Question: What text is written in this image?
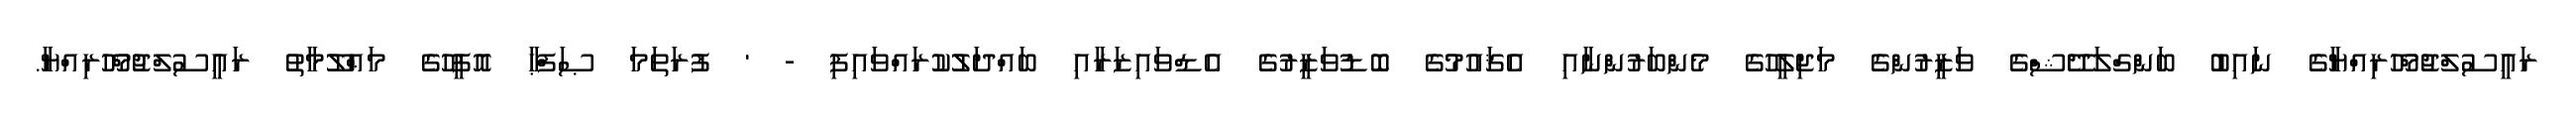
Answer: ރައީސުލްޖުމްހޫރިއްޔާގެ ނައިބު ބަންގްލަދޭޝްގެ ވަޒީރުންގެ މަޖިލީހުގެ މެންބަރުންނާއި އެޤައުމުގެ ބޮޑުވަޒީރުގެ އެޑްވައިޒަރާއި ބައްދަލުކުރައްވައިފި - ' ފުރަތަމަ ޞަފްޙާ އޮފީހުގެ މަޢްލޫމާތު ރައީސުލްޖުމްހޫރިއްޔާ.